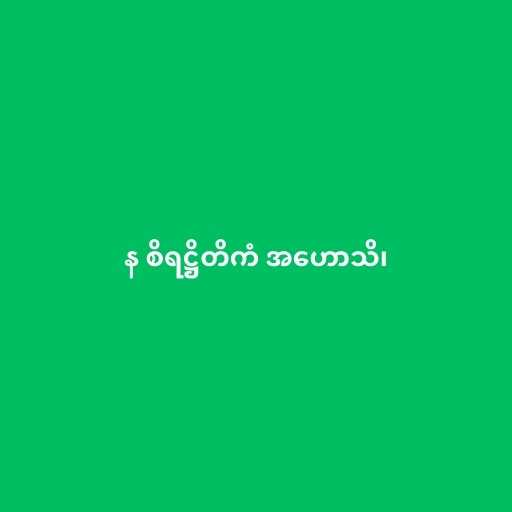
န စိရဋ္ဌိတိကံ အဟောသိ၊